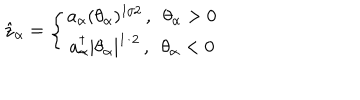
\hat { z } _ { \alpha } = \left\{ \begin{array} { c } { { a _ { \alpha } ( \theta _ { \alpha } ) ^ { 1 / 2 } \, , \enspace \theta _ { \alpha } > 0 } } \\ { { a _ { \alpha } ^ { \dagger } | \theta _ { \alpha } | ^ { 1 / 2 } \, , \enspace \theta _ { \alpha } < 0 } } \\ \end{array} \right.